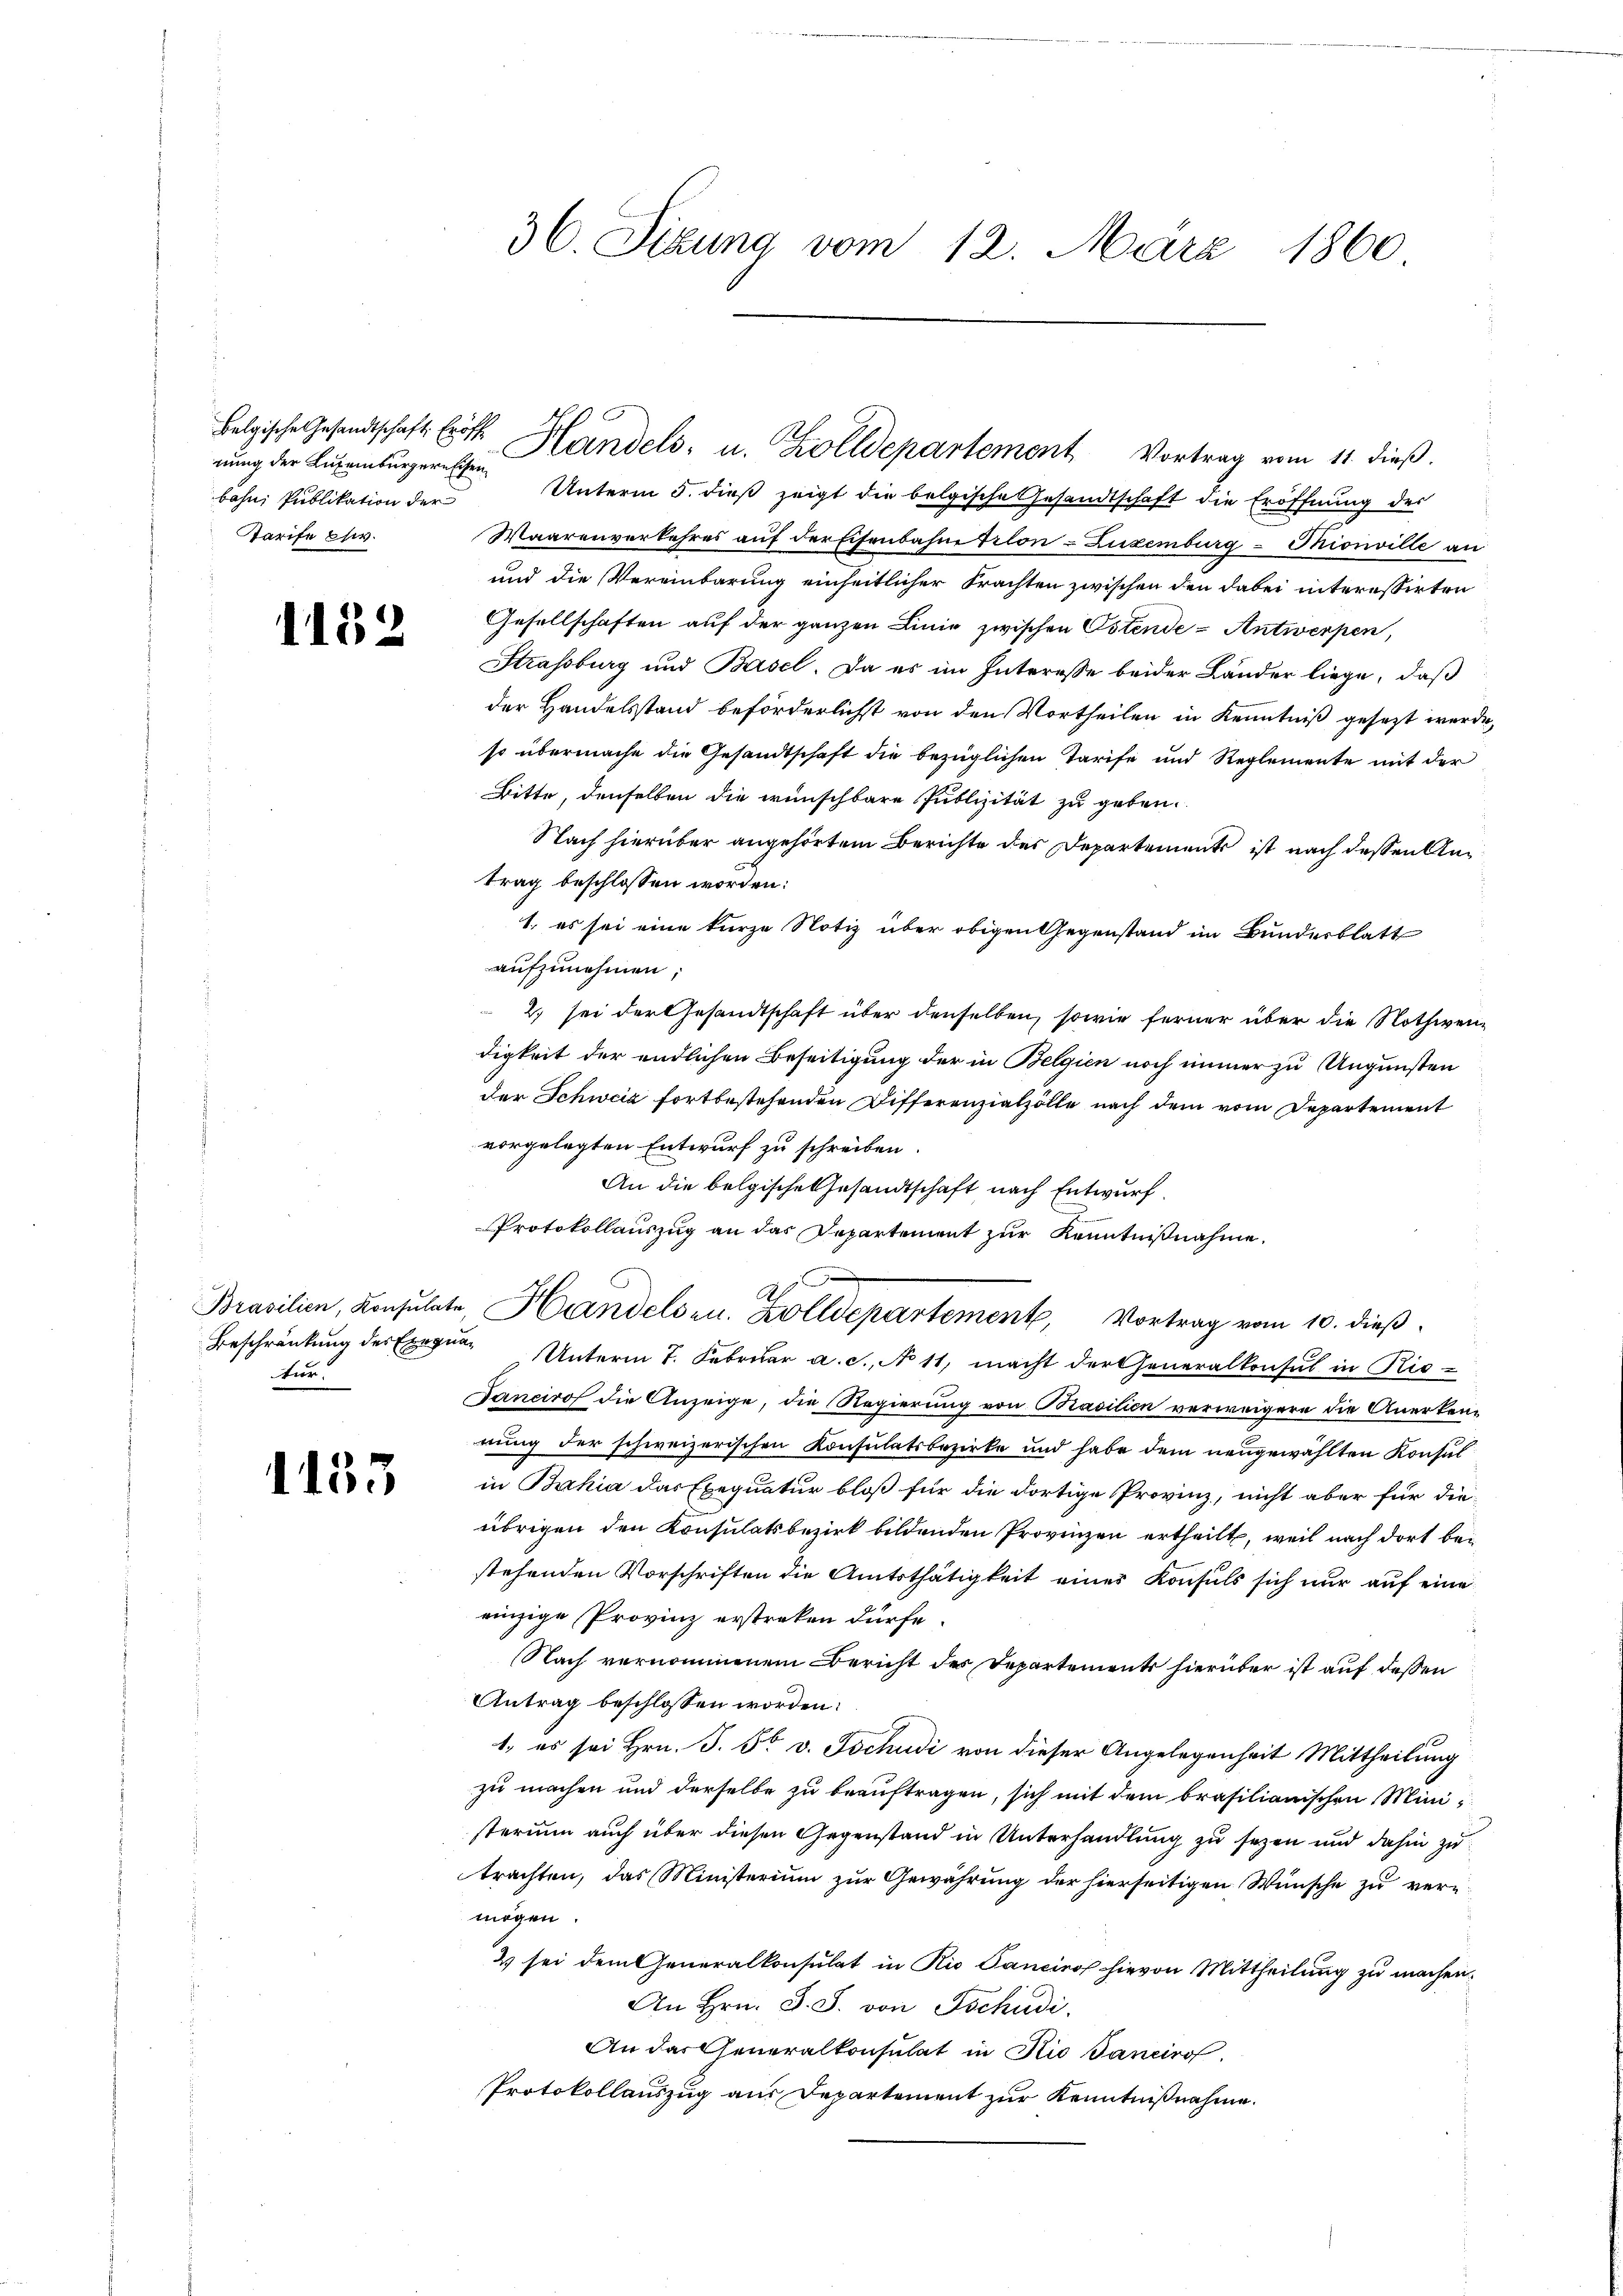
Belgische Gesandtschaft. Eröffe
bahn Publikation der
Tarife Ew.

1152

tür.

1135

Unterm 5. dieß zeigt die belgische Gesandtschaft die Eröffnung des
Waarenverkehres auf der Eisenbahne Frlon-Zuxemburg - Ohionville an
und die Vereinbarung einheitlicher Frachten zwischen den dabei interessirten
Gesellschaften auf der ganzen Linie zwischen Ostende - Antwerpen,
Strassburg und Basel. Da es im Interesse beider Länder liege, daß
der Handelsstand beförderlichst von den Vortheilen in Kenntniß gesetzt wurde,
so übermache die Gesandtschaft die bezüglichen Tarife und Reglemente mit der
Bitte, denselben die wünschbare Publizität zu geben.
Nach hierüber angehörtem Berichte der Departements ist nach dessen Antrag beschlossen worden:
1., es sei eine kurze Notiz über obigen Gegenstand im Bundesblatt
aufzunehmen;
2) sei der Gesandtschaft über denselben, sowie ferner über die Nothwendigkeit der endlichen Beseitigung der in Belgien noch immer zu Ungunsten
der Schweiz fortbestehenden Differenzialzölle nach dem vom Departement
vorgelegten Entwurf zu schreiben.
An die belgische Gesandtschaft nach Entwurf.
Protokollauszug an das Departement zur Kenntnißnahme.
Brasilien, Konsulate, Handelsen. Zolldepartement, Vortrag vom 10. dieß.
Beschränkung des Exeqŭar Unterm 7. Febrŭar a. c., No 11, macht der Generalkonsul in Ris-
Sanciros die Anzeige, die Regierung von Basilien verweigern die Anerkennung der schweizerischen Konsulatsbezirke und habe dem neugewählten Konsul
in Bahia das Exequatur bloß für die dortige Provinz, nicht aber für die-
übrigen den Konsulatsbezirk bildenden Provinzen ertheilt, weil nach dort bei
stehenden Vorschriften die Amtsthätigkeit einer Konsuls sich nur auf eine
einzige Provinz erstreken dürfe.
Nach vernommenem Bericht der Departements hierüber ist auf dessen
Antrag beschlossen worden:
1. es sei Hrn. J. F. v. Tschudi von dieser Angelegenheit Mittheilung
zu machen und derselbe zu beauftragen, sich mit dem brasilianischen Ministerium auch über diesen Gegenstand in Unterhandlung zu sezen und dahin zu
trachten, das Ministerium zur Gewährung der hierseitigen Wünsche zu vermögen.
2 sei dem Generalkonsulat in Rio Sanciro hievon Mittheilung zu machen.
An Hrn. F. S. von Tschudi
An das Generalkonsulat in Rio Sancirof
Protokollauszug aus Departement zur Kenntnißnahme.

36. Sizung vom 12. März 1860

rung der Luxenburgerische Handels- u. Zolldepartement Vortrag vom 11. dieß.